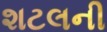
શટલની